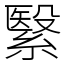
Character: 繄